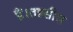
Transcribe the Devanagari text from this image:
हैं।तहसील